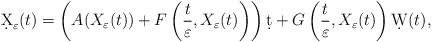
LaTeX: \begin{align*}\d X_{\varepsilon}(t)=\left(A(X_{\varepsilon}(t))+F\left(\frac{t}{\varepsilon},X_{\varepsilon}(t)\right)\right)\d t+G\left(\frac{t}{\varepsilon},X_{\varepsilon}(t)\right)\d W(t),\end{align*}